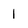
Character: 1